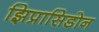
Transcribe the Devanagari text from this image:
झिप्रासिडोन